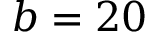
b = 2 0